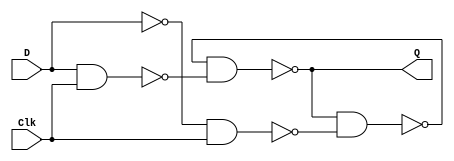
`timescale 1ns / 1ps

module part_two(Clk, D, Q);

    input Clk; 
    input D; 
    output Q;

    wire R_g;
    wire S_g; 
    wire Qa /* synthesis keep */ ; 
    wire Qb /* synthesis keep */ ;


    assign S_g = ~(D & Clk);
    assign R_g = ~(~D & Clk);
    assign Qa  = ~(Qb & S_g);
    assign Qb  = ~(Qa & R_g);
    assign Q = Qa;



endmodule